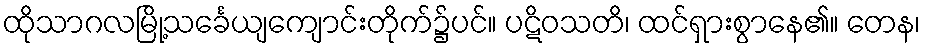
ထိုသာဂလမြို့သင်္ခေယျကျောင်းတိုက်၌ပင်။ ပဋိဝသတိ၊ ထင်ရှားစွာနေ၏။ တေန၊